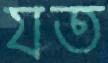
যত